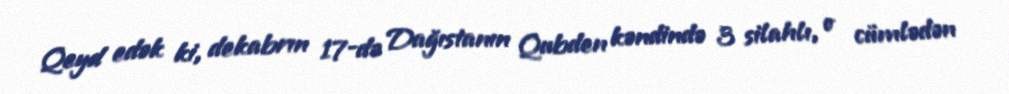
Qeyd edək ki, dekabrın 17-də Dağıstanın Qubden kəndində 3 silahlı, o cümlədən